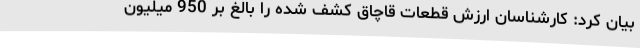
بیان کرد: کارشناسان ارزش قطعات قاچاق کشف شده را بالغ بر 950 میلیون